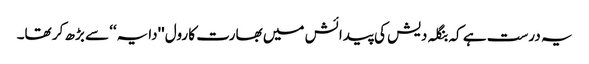
یہ درست ہے کہ بنگلہ دیش کی پیدائش میں بھارت کا رول ''دایہ‘‘ سے بڑھ کر تھا۔